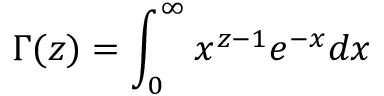
\Gamma ( z ) = \int _ { 0 } ^ { \infty } x ^ { z - 1 } e ^ { - x } d x